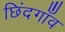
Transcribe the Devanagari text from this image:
छिंदगाँव